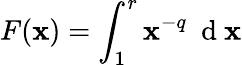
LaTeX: F(\mathbf{x})=\int_{1}^{r}\mathbf{x}^{-q}\ \mathrm{{~d~}}\mathbf{x}